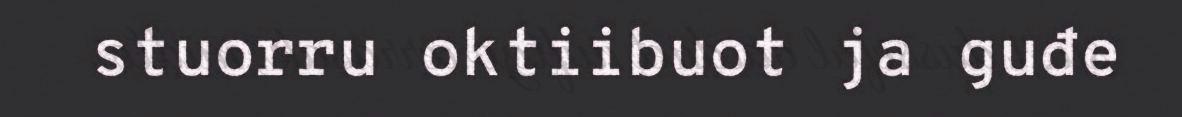
stuorru oktiibuot ja guđe